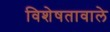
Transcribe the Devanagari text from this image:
विशेषतावाले